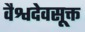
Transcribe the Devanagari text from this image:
वैश्वदेवसूक्त